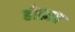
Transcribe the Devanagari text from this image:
होफ्रात